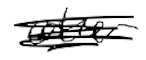
Text: other
Cross-out: scratch
Writing tool: digital_black